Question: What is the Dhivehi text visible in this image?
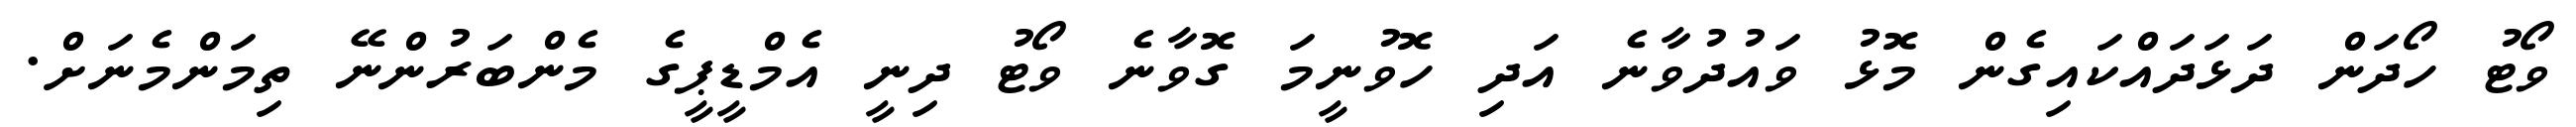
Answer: ވޯޓު ހޯދަން ދަޅަދައްކައިގެން މޮޅު ވައުދުވާނެ އަދި ހޮވުނީމަ ގޮވާނެ ވޯޓު ދިނީ އެމްޑީޕީގެ މެންބަރުންނޭ ތިމަންމެނަށް.